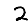
Digit: 2